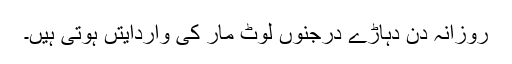
روزانہ دن دہاڑے درجنوں لوٹ مار کی واردایتں ہوتی ہیں۔